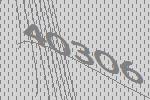
40306